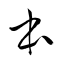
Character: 本